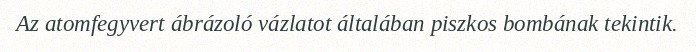
Az atomfegyvert ábrázoló vázlatot általában piszkos bombának tekintik.